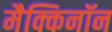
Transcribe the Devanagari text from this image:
मैक्किनॉन